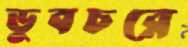
ডুবচরে